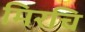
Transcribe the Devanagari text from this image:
मिरचि